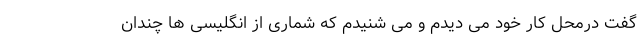
گفت درمحل کار خود می دیدم و می شنیدم که شماری از انگلیسی ها چندان